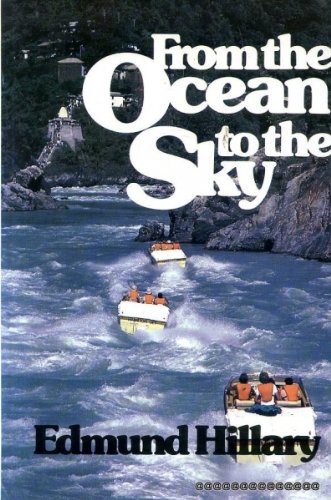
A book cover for From the Ocean to the Sky; Edmund Hillary; Travel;